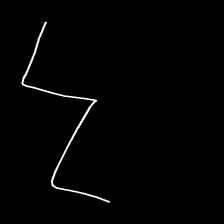
Glyph: crush